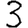
Digit: 3